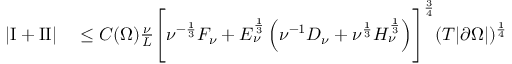
\begin{array} { r l } { \left\lvert \mathrm I + \mathrm { I I } \right\rvert } & { { } \le C ( \Omega ) \frac \nu L \Biggl [ \nu ^ { - \frac 1 3 } F _ { \nu } + E _ { \nu } ^ { \frac 1 3 } \left( \nu ^ { - 1 } D _ { \nu } + \nu ^ { \frac 1 3 } H _ { \nu } ^ { \frac 1 3 } \right) \Biggr ] ^ { \frac 3 4 } ( T | \partial \Omega | ) ^ { \frac 1 4 } } \end{array}